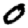
Digit: 0